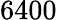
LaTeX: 6400